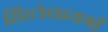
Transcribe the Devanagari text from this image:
सिस्टोडाइथर्मी